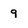
Character: 9